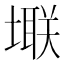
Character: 𪤚